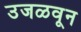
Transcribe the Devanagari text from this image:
उजळवून